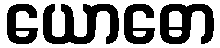
ယောဓော